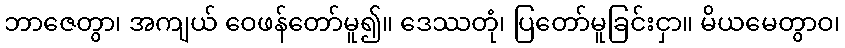
ဘာဇေတွာ၊ အကျယ် ဝေဖန်တော်မူ၍။ ဒေဿတုံ၊ ပြတော်မူခြင်းငှာ။ မိယမေတွာဝ၊